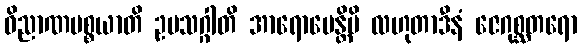
ဝိညာဏပစ္စယာတိ ဥပသဂ္ဂါတိ အာရောပေန္တိပိ လဟုတာဒီနံ ဇေဂုစ္ဆတရော